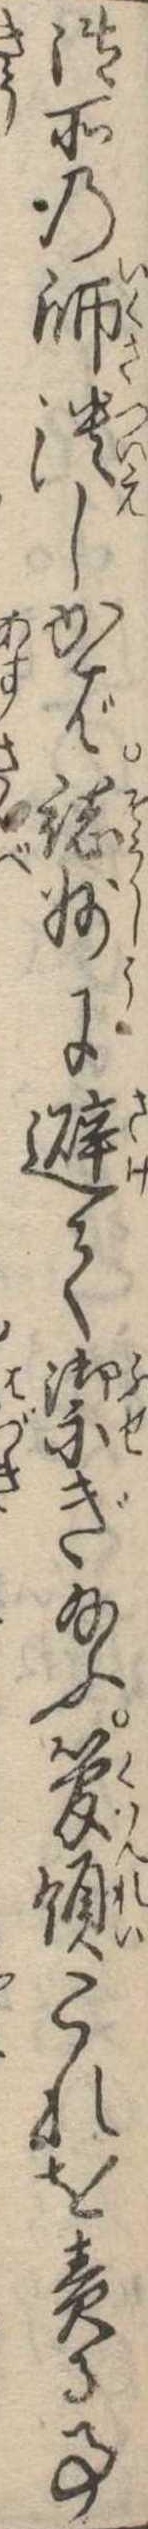
御所の師潰しかば総州に避て禦ぎ給ふ管領これを責る事